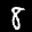
Label: 8